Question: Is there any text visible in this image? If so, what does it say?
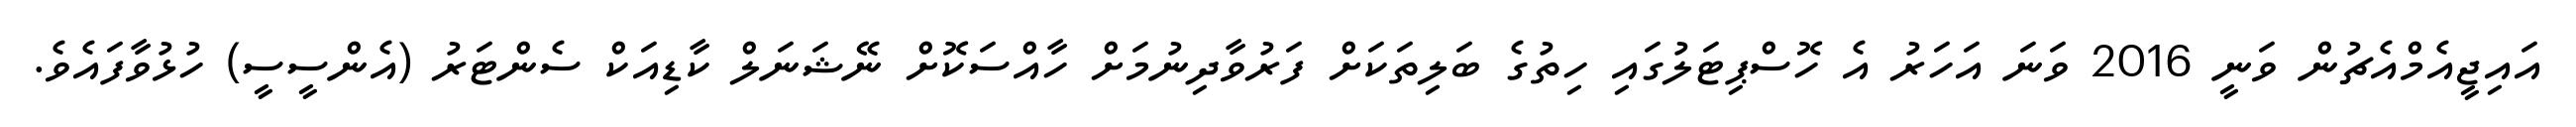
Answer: އައިޖީއެމްއެޗުން ވަނީ 2016 ވަނަ އަހަރު އެ ހޮސްޕިޓަލުގައި ހިތުގެ ބަލިތަކަށް ފަރުވާދިނުމަށް ހާއްސަކޮށް ނޭޝަނަލް ކާޑިއަކް ސެންޓަރު (އެންސީސީ) ހުޅުވާފައެވެ.